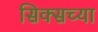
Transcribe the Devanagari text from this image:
सिक्सच्या